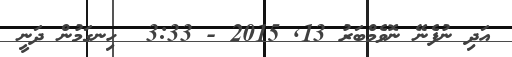
އަދި ނުފެނޭ ނޮވެމްބަރު 13